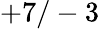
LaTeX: +7/-3